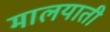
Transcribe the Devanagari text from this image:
मालयाती